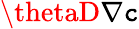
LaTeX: \thetaD\nabla\mathtt{c}